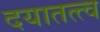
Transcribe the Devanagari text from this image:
दयातत्त्व